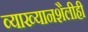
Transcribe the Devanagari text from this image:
व्याख्यानशैलीही